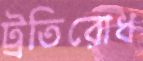
ট্রতিরোধ